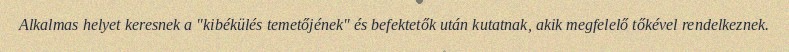
Alkalmas helyet keresnek a "kibékülés temetőjének" és befektetők után kutatnak, akik megfelelő tőkével rendelkeznek.